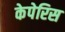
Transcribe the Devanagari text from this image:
केपेरिस